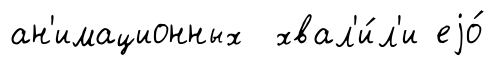
ан'имационных хвал'и́л'и еjо́